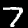
Digit: 7